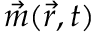
\vec { m } ( \vec { r } , t )